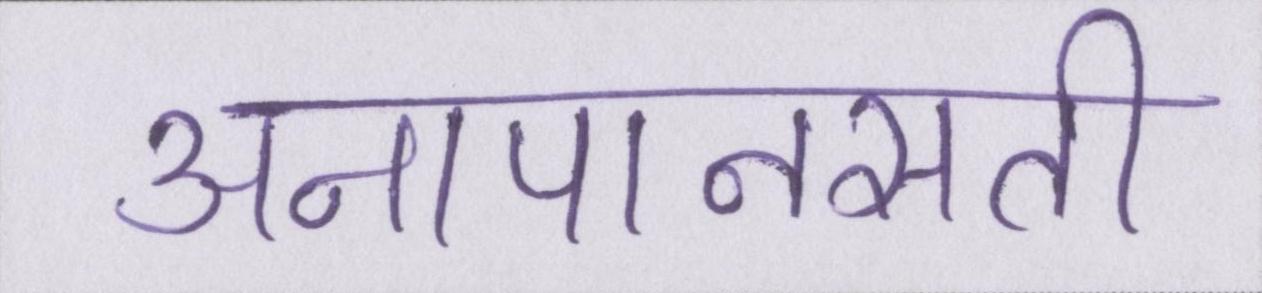
अनापानसती